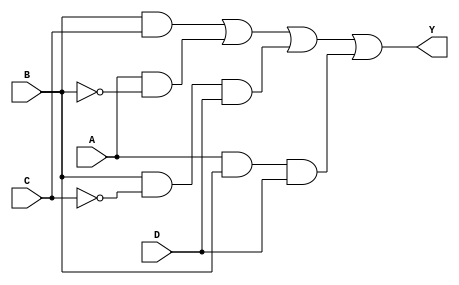
module four_variable_kmap (
    input wire A,  // Input variable A
    input wire B,  // Input variable B
    input wire C,  // Input variable C
    input wire D,  // Input variable D
    output wire Y  // Output Y
);

// K-map simplified expression
// Assuming the K-map results in the following minterms being 1:
// For example, let's say the minterms corresponding to the output Y are: 
// 1, 3, 4, 5, 7, 9, 11, 15
// The simplified expression can be derived as:
// Y = BC + A'D + AB'

assign Y = (B & C) |                // Minterm 5, 7
           (A & ~B) |               // Minterm 1, 3
           (B & ~C & D) |          // Minterm 15
           (A & B & D);             // Minterm 9

endmodule